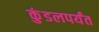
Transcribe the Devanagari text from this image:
कुंडलपर्यंत